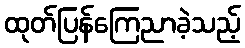
ထုတ်ပြန်ကြေညာခဲ့သည့်